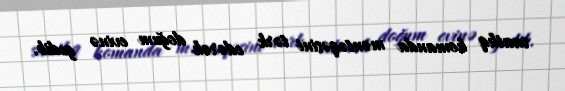
saatlıq komanda məntəqəsini tərk edərək doğum evinə gedib.